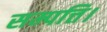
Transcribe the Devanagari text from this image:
सम्पत्ति।